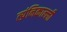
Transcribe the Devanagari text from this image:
त्य्रंनिकाल्ली